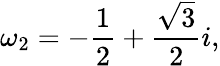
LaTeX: \omega_{2}=-{\frac{1}{2}}+{\frac{\sqrt{3}}{2}}i,